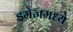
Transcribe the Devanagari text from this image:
इमेजमध्ये